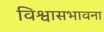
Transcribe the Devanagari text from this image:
विश्वासभावना